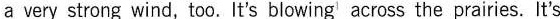
a very strong wind,too.lt's blowing^{1} across the prairies.It's